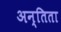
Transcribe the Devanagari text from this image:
अन्तिता